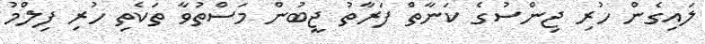
ލައިގެން ހުރި ޖިންސުގެ ކަނާތް ފަރާތު ޖީބުން މަސްތުވާ ތަކެތި ހުރި ފިލްމު